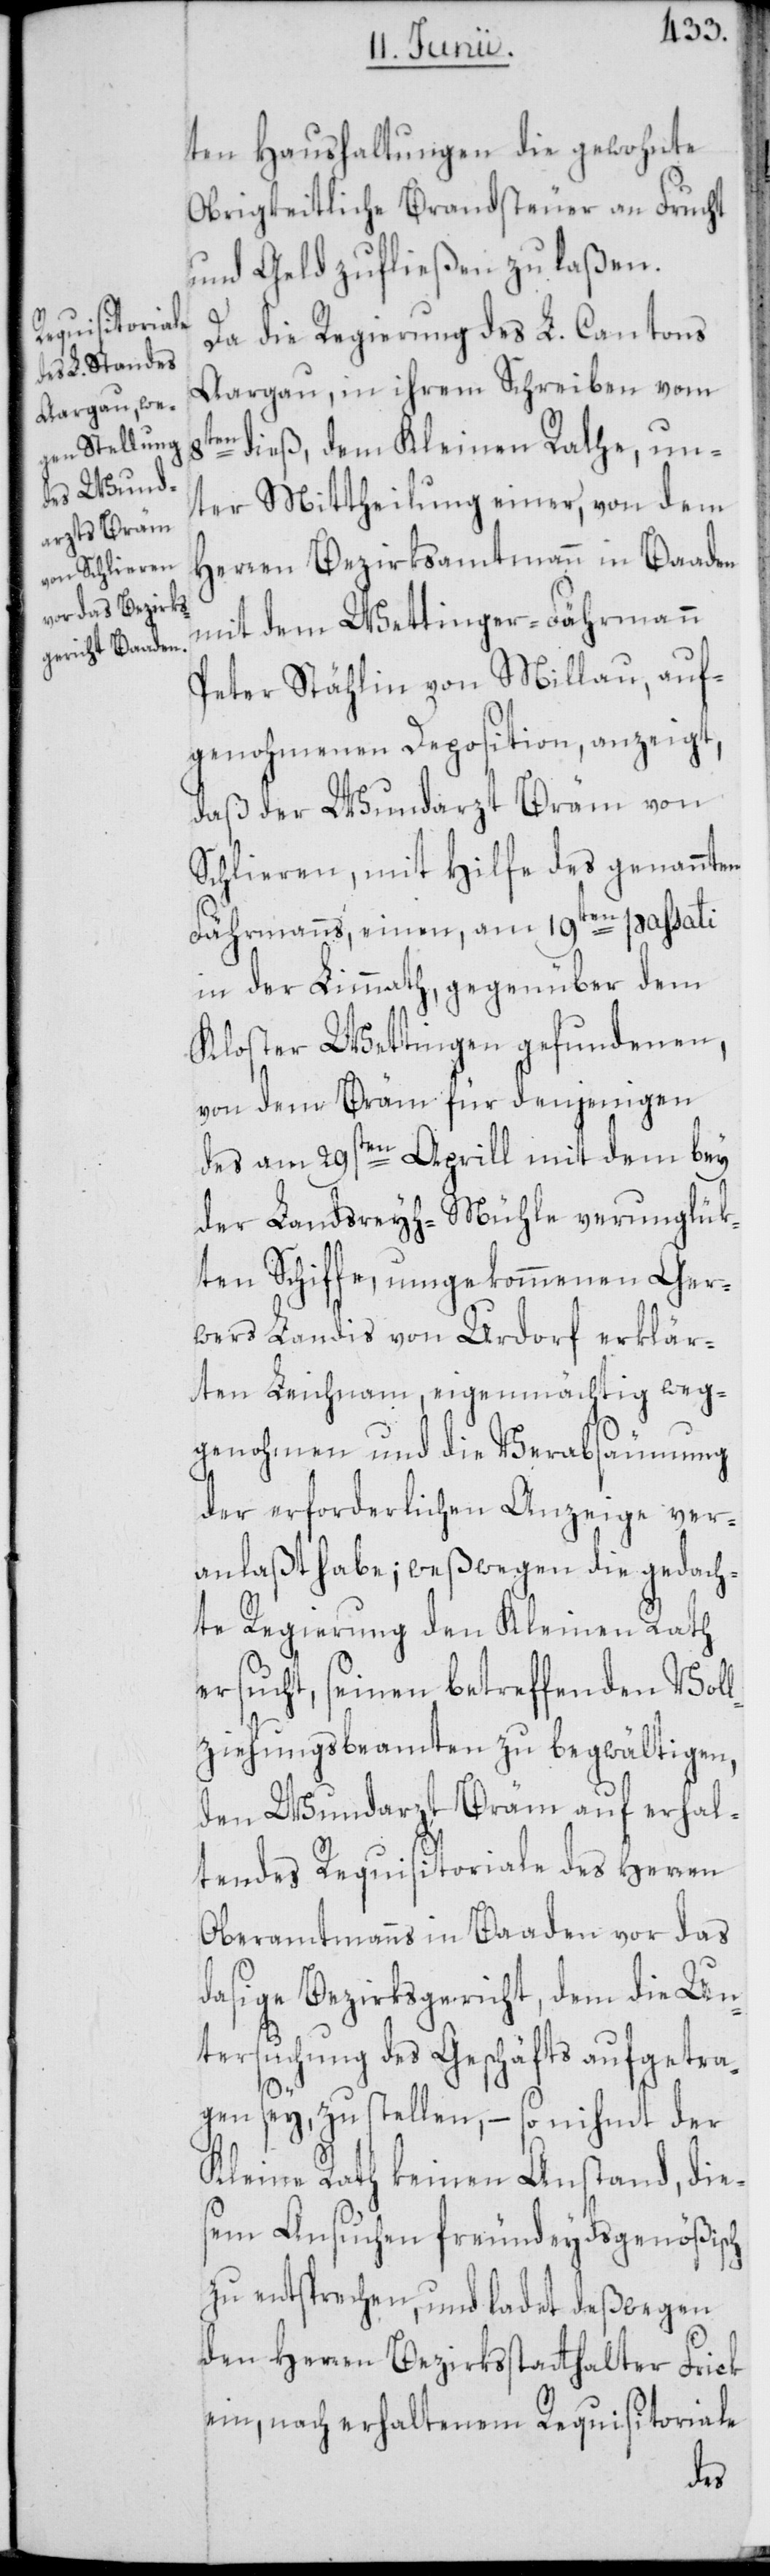
ten Haushaltungen die gewohnte
Obrigkeitliche Brandsteuer an Frucht
und Geld zufließen zu laßen.
Da die Regierung des L. Cantons
Aargau, in ihrem Schreiben vom
8ten dieß, dem Kleinen Rathe, un¬
ter Mittheilung einer, von dem
Herren Bezirksamtmann in Baaden
mit dem Wettinger-Fährmann
Peter Stählin von Millau, auf¬
genohmenen Deposition, anzeigt,
daß der Wundarzt Bräm von
Schlieren, mit Hilfe des genannten
Fährmanns, einen, am 19ten passati
in der Limmath, gegenüber dem
Kloster Wettingen gefundenen,
von dem Bräm für denjenigen
des am 29sten Aprill mit dem bey
der Landsreyh-Mühle verunglük¬
ten Schiffe, umgekommenen Ger¬
wers Landis von Urdorf erklär¬
ten Leichnam, eigenmächtig weg¬
genohmen und die Verabsäumung
der erforderlichen Anzeige ver¬
anlaßt habe; weßwegen die gedach¬
te Regierung den Kleinen Rath
ersucht, seinen betreffenden Vol¬
lziehungsbeamten zu begwältigen,
den Wundarzt Bräm auf erhal¬
tendes Requisitoriale des Herren
Oberamtmanns in Baaden vor das
dasige Bezirksgericht, dem die Un¬
tersuchung des Geschäfts aufgetra¬
gen sey, zu stellen, – so nihmt der
Kleine Rath keinen Anstand, die¬
sem Ansuchen freundeydsgenößisch
zu entsprechen, und ladet deßwegen
den Herren Bezirksstatthalter Frick
ein, nach erhaltenem Requisitoriale